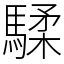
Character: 騥